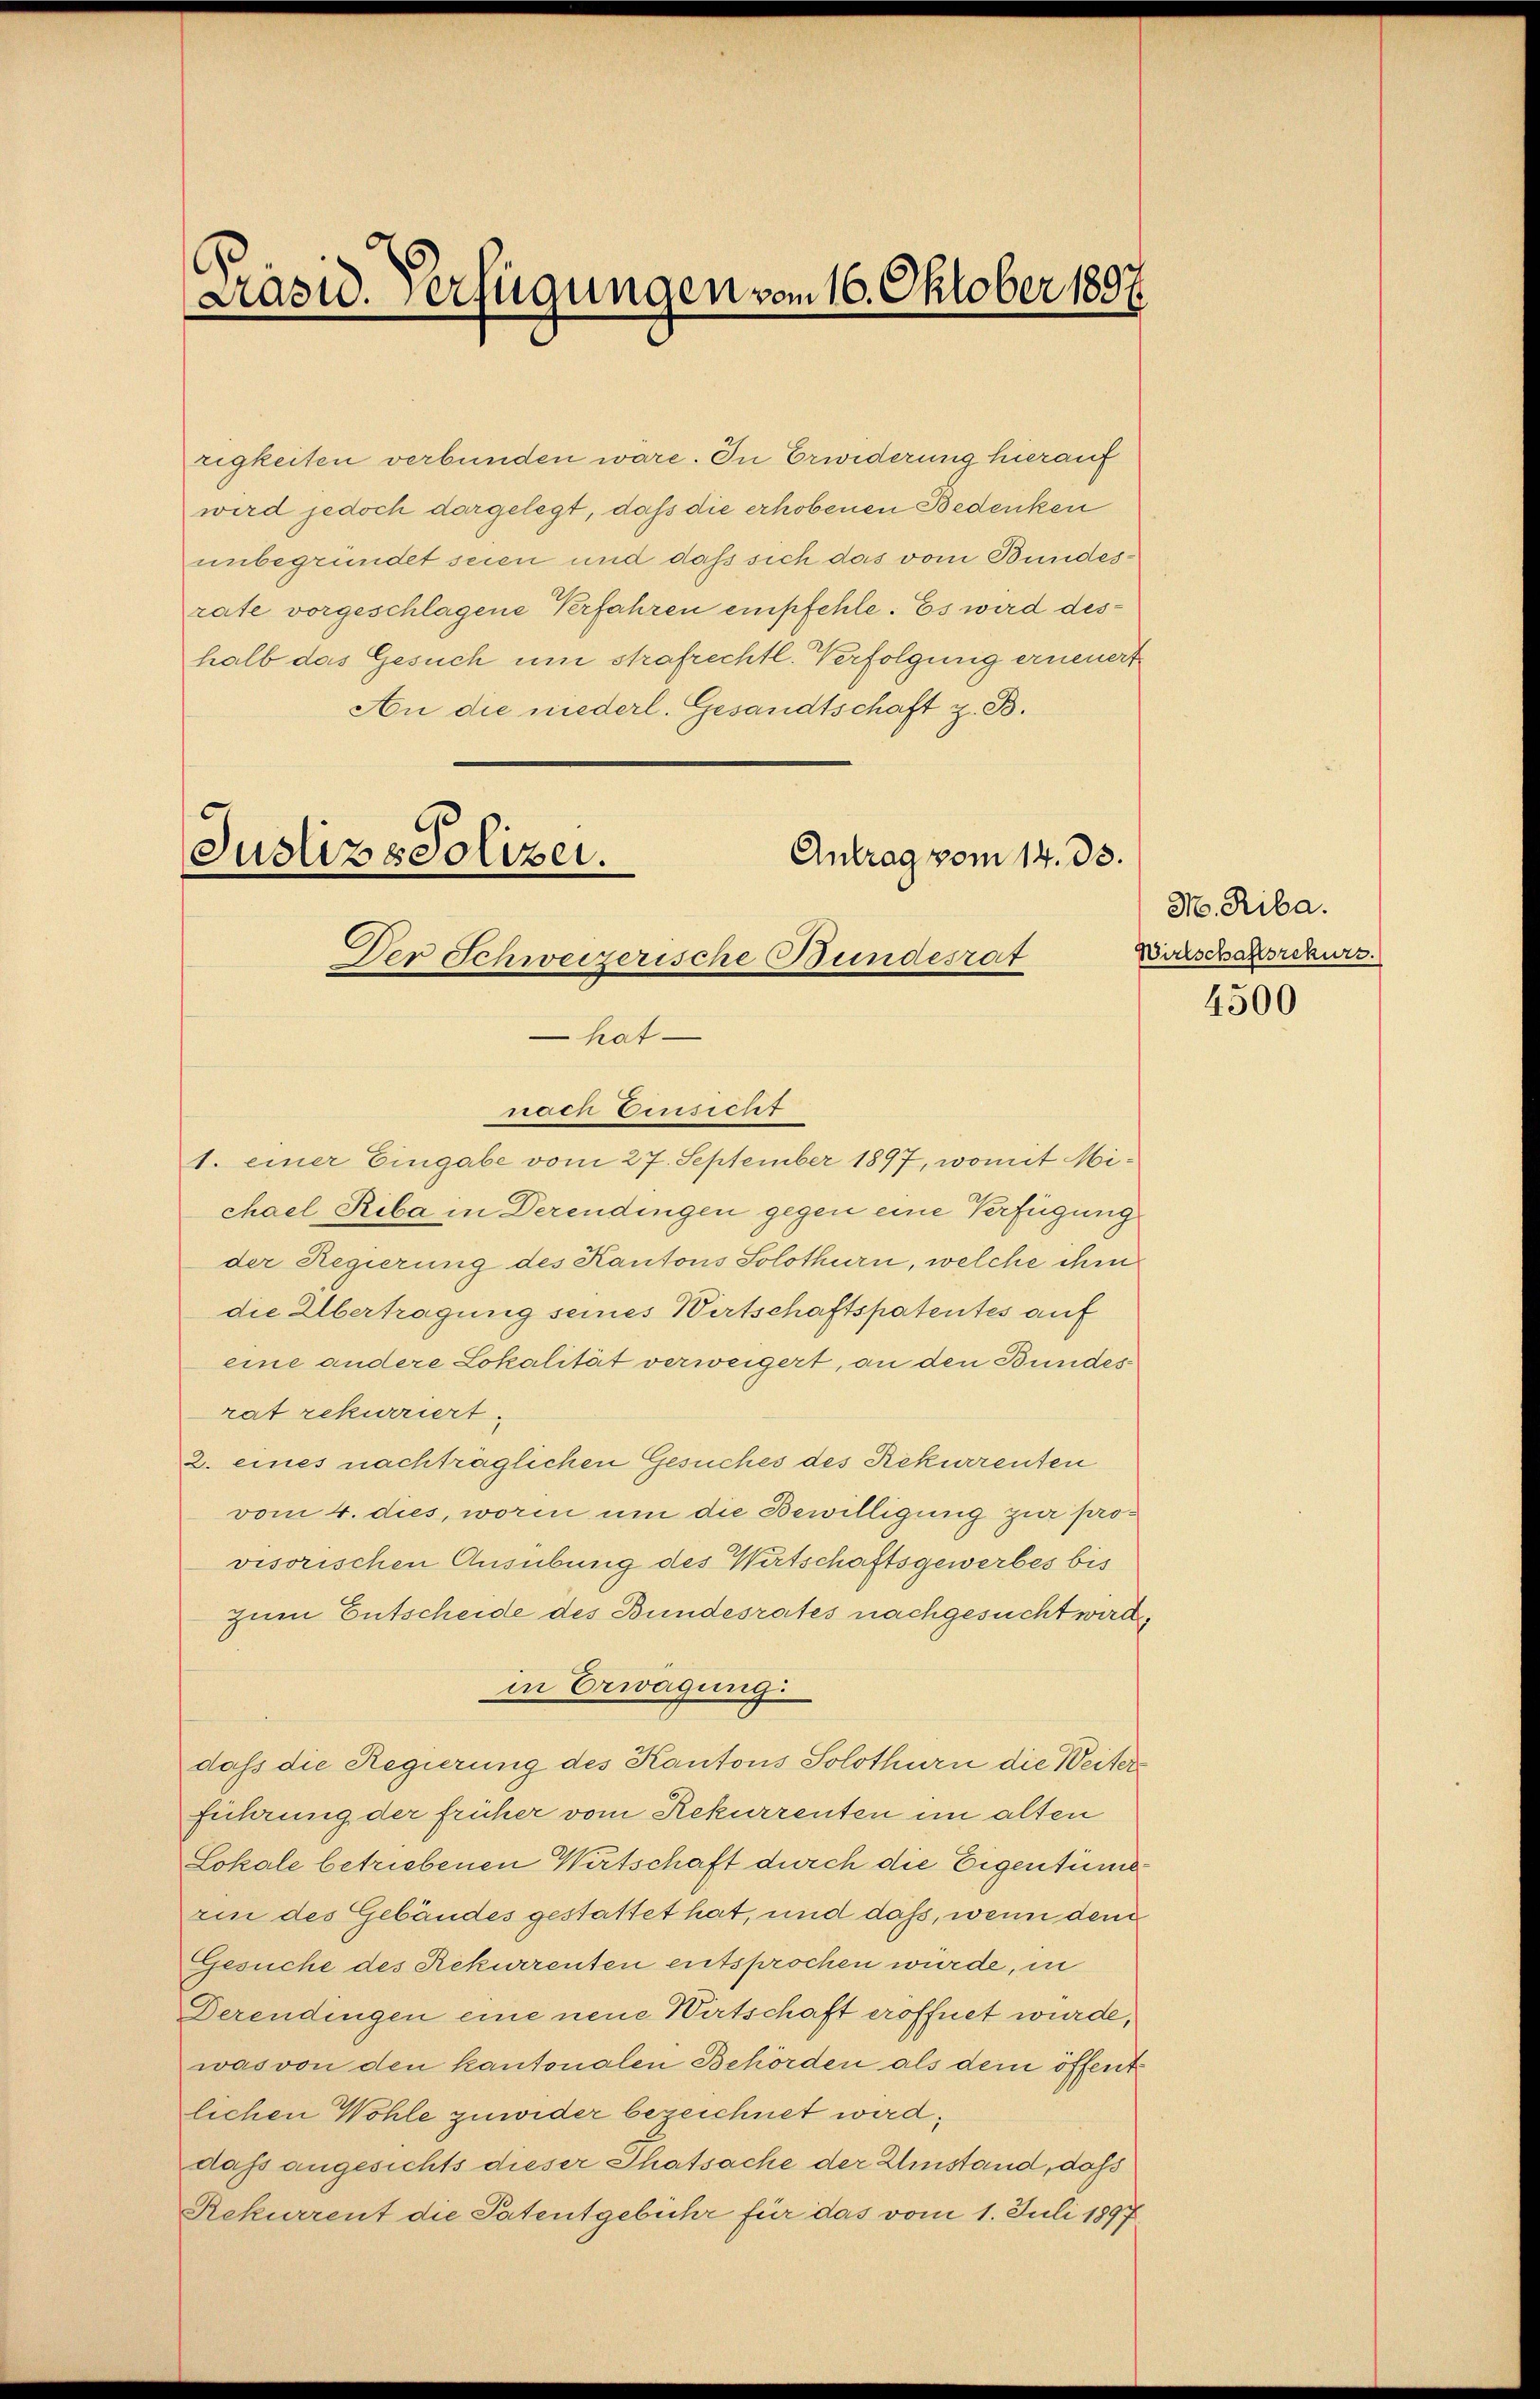
Prasid. Verfügungen vom 16. Oktober 1897

zigkeiten verbunden wäre. In Erwiderung hierauf
wird jedoch dargelegt, daß die erhobenen Bedenken
unbegründet seien und dass sich das vom Bundesrate vorgeschlagene Verfahren empfehle. Es wird deshalb das Gesuch um strafrechtl. Verfolgung erneuert
An die niederl. Gesandtschaft z. B.
Antrag vom 14. 33.
Justiz & Polizei.

Der Schweizerische Bundesrat
hat
nach Einsicht

1. einer Eingabe vom 27. September 1897, womit Michael Riba in Derendingen gegen eine Verfügung
der Regierung des Kantons Solothurn, welche ihm
die Übertragung seines Wirtschaftspatentes auf
eine andere Lokalität verweigert, an den Bundesrat rekurriert.
2. eines nachträglichen Gesuches des Rekurrenten
vom 4. dies, worin um die Bewilligung zur provisorischen Ausübung des Wirtschaftsgewerbes bis
zum Entscheide des Bundesrates nachgesucht wird
in Erwägung
dass die Regierung des Kantons Solothurn die Weiters
führung der früher vom Rekurrenten im alten
Lokale betriebenen Wirtschaft durch die Eigentüme
rin des Gebäudes gestattet hat, und daß, wenn dem
Gesuche des Rekurrenten entsprochen würde, in
Derendingen eine neue Wirtschaft eröffnet wurde,
was von den kantonalen Behörden als dem öffentlichen Wohle zuwider bezeichnet wird,
das angesichts dieser Thatsache der Umstand, dass
Rekurrent die Patentgebühr für das vom 1. Juli 1897

M. Riba.
Wirtschaftsrekurs.

4500